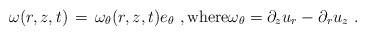
\begin{align*} \omega(r,z,t) \,=\, \omega_\theta(r,z,t)e_\theta~, \hbox{where}\omega_\theta = \partial_z u_r - \partial_r u_z~.\end{align*}